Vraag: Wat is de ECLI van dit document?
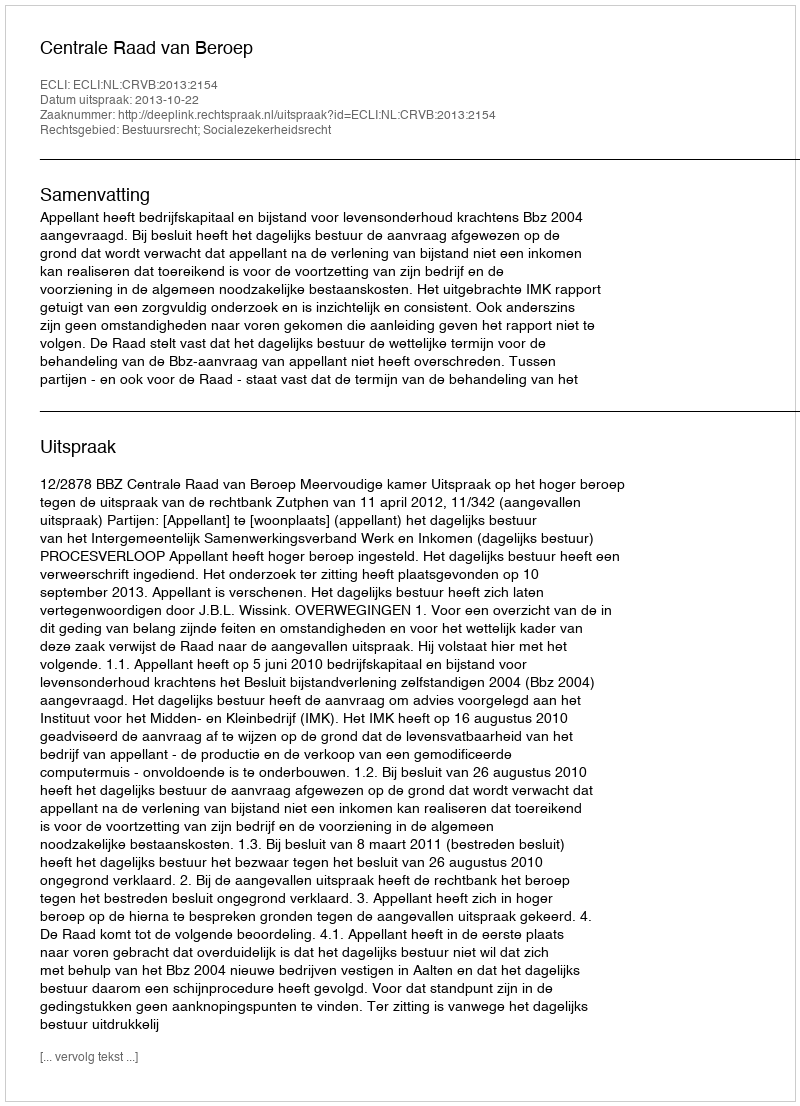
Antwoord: ECLI:NL:CRVB:2013:2154